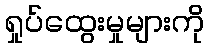
ရှုပ်ထွေးမှုများကို